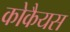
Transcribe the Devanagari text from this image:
कोकैयस